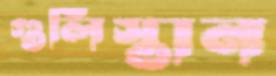
গুলিস্তান